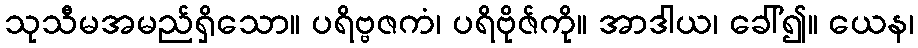
သုသီမအမည်ရှိသော။ ပရိဗ္ဗဇကံ၊ ပရိဗိုဇ်ကို။ အာဒါယ၊ ခေါ်၍။ ယေန၊